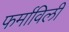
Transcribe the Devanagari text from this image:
फर्माविली